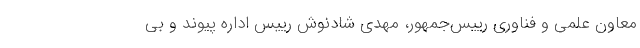
معاون علمی و فناوری رییس‌جمهور، مهدی شادنوش رییس اداره پیوند و بی